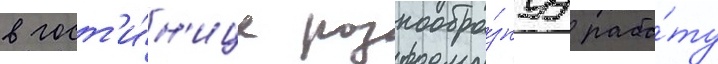
в гост'и́н'ице разнообра́знуу рабо́ту